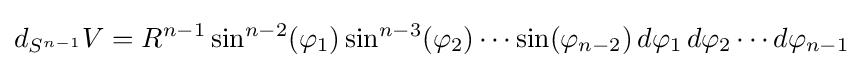
d_{S^{n-1}}V=R^{n-1}\sin ^{n-2}(\varphi _{1})\sin ^{n-3}(\varphi _{2})\cdots \sin(\varphi _{n-2})\,d\varphi _{1}\,d\varphi _{2}\cdots d\varphi _{n-1}